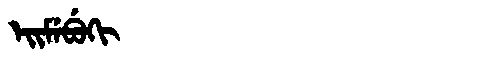
Manchu: ᡝᡳᠮᡝᠪᡠᡴᡳ
Romanization: EIMEBUKI